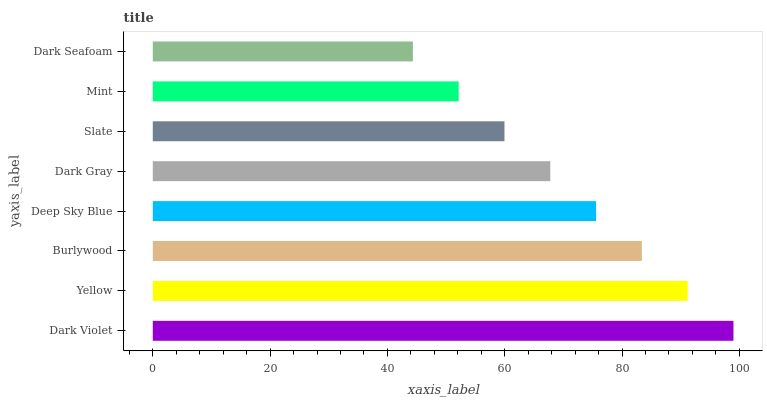
| yaxis_label | bars |
 | --- | --- |
 | Dark Violet | 99 |
 | Yellow | 91.2 |
 | Burlywood | 83.4 |
 | Deep Sky Blue | 75.6 |
 | Dark Gray | 67.8 |
 | Slate | 60 |
 | Mint | 52.2 |
 | Dark Seafoam | 44.3 |